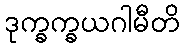
ဒုက္ခက္ခယဂါမီတိ